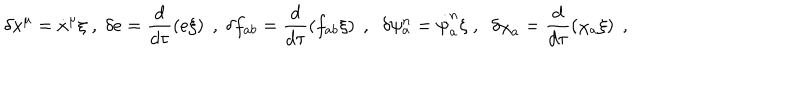
\delta x ^ { \mu } = { \dot { x } } ^ { \mu } \xi \; , \; \delta e = \frac { d } { d \tau } \left( e \xi \right) \; , \; \delta f _ { a b } = \frac { d } { d \tau } \left( f _ { a b } \xi \right) \; , \; \; \delta \psi _ { a } ^ { n } = \dot { \psi } _ { a } ^ { n } \xi \; , \; \; \delta { \chi } _ { a } = \frac { d } { d \tau } \left( \chi _ { a } \xi \right) \; ,